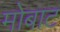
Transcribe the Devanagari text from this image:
मोबाट